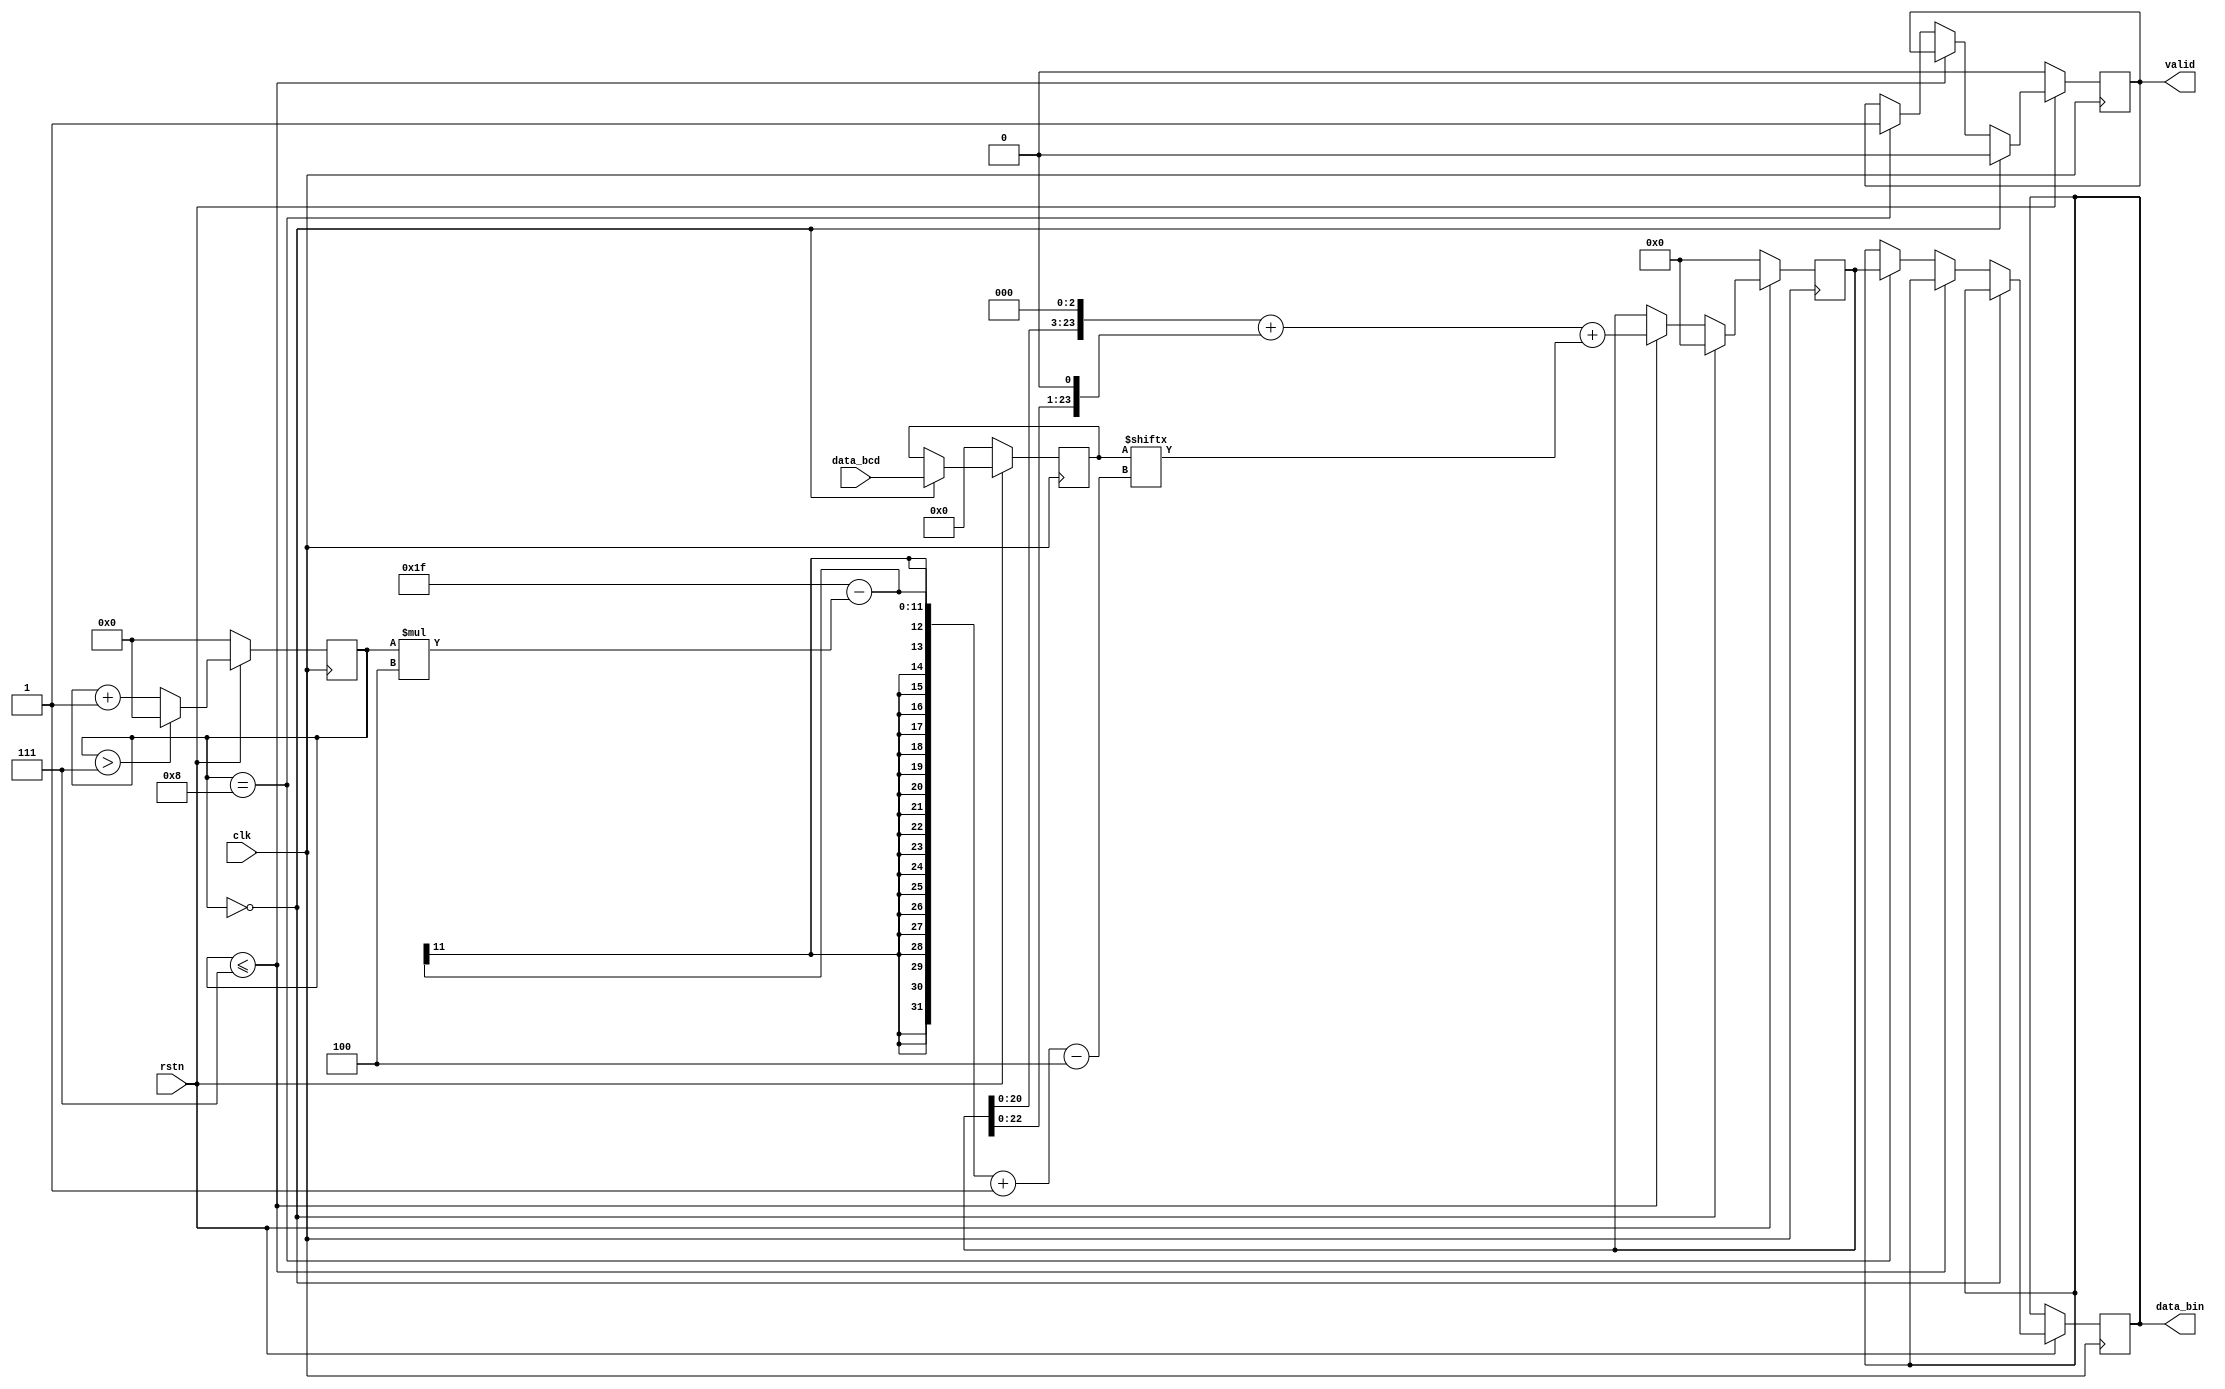
`timescale 1ns / 1ps

module bcd_bin#(
    parameter  SIZE_bcd =8'd28  ,
    parameter  SIZE_bin =8'd24   
)
(
    input                       clk,
    input                       rstn,
    input       [SIZE_bcd-1:0]  data_bcd,
    output  reg [SIZE_bin-1:0]  data_bin,
    output  reg                 valid 
);

reg [ 7:0] cnt;
reg [SIZE_bcd-1:0] data_bcd_temp;
reg [SIZE_bin-1:0] data_bin_temp;

localparam  CYCCLE = SIZE_bcd/4;    //

always @(posedge clk ) begin
    if (!rstn) begin
        cnt <= 0;
    end
    else begin
        if(cnt > CYCCLE)
            cnt <= 0;
        else
            cnt <= cnt +1;
    end
end

always @(posedge clk ) begin 
    if(!rstn ) begin
        valid <= 1'd0;    
        data_bcd_temp <= 0;
        data_bin_temp <= 0;
    end 
    else begin
        if ( cnt == 0 ) begin
            valid     <= 1'd0;
            data_bcd_temp <= data_bcd;
            data_bin_temp <= 0;
        end
        else if( cnt <= CYCCLE ) begin
            data_bin_temp <=  MULTI10(data_bin_temp) + data_bcd_temp[(SIZE_bcd+3-cnt*4)-:4];     //8'd43-cnt*44
        end
        else if ( cnt == CYCCLE +1 ) begin
            data_bin <= data_bin_temp;
            valid    <= 1'd1;
        end
    end

end

//10--*8+*2 
//
function [SIZE_bin-1:0] MULTI10 (input [SIZE_bin-1:0] a);   
begin
    MULTI10 = {a[SIZE_bin-4 :0],3'b000 } + {a[SIZE_bin-2 :0],1'b0 };      
end
endfunction

endmodule